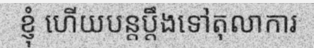
ខ្ញុំ ហើយបន្តប្តឹងទៅតុលាការ